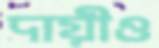
দায়ীও